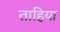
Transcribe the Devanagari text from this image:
ताहिया